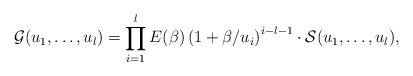
LaTeX: \begin{align*}\mathcal G(u_1,\dots, u_l)=\prod_{i=1}^{l} E(\beta) \left(1+{\beta}/{u_i}\right)^{i-l-1} \cdot \mathcal S(u_1,\dots, u_l),\end{align*}